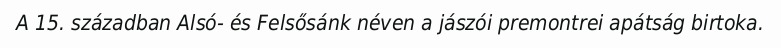
A 15. században Alsó- és Felsősánk néven a jászói premontrei apátság birtoka.